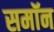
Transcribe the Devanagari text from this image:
समॉन